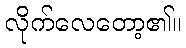
လိုက်လေတော့၏။